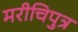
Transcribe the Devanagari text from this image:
मरीचिपुत्र